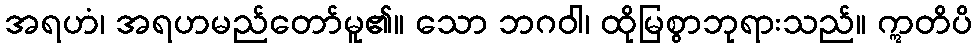
အရဟံ၊ အရဟမည်တော်မူ၏။ သော ဘဂဝါ၊ ထိုမြစွာဘုရားသည်။ ဣတိပိ